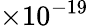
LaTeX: \times 10^{-19}